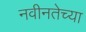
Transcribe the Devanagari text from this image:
नवीनतेच्या